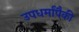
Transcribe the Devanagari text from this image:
उपधर्मांपैकी